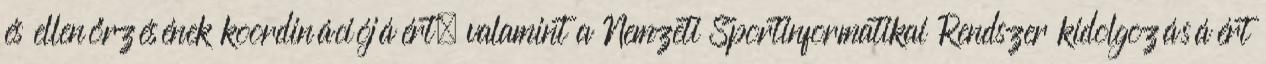
és ellenőrzésének koordinációjáért, valamint a Nemzeti Sportinformatikai Rendszer kidolgozásáért